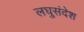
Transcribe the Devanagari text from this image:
लघुसंदेश